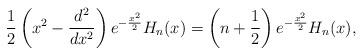
LaTeX: \begin{align*} \frac{1}{2} \left( x^2 - \frac{d^2}{d x^2} \right) e^{-\frac{x^2}{2}} H_n(x) = \left( n+\frac{1}{2} \right) e^{-\frac{x^2}{2}} H_n(x),\end{align*}